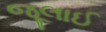
જૂલાઈ